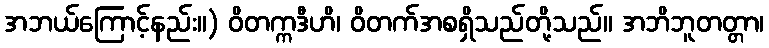
အဘယ်ကြောင့်နည်း။) ဝိတက္ကဒီဟိ၊ ဝိတက်အစရှိသည်တို့သည်။ အဘိဘူတတ္တာ၊